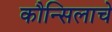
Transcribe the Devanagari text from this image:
कौन्सिलाचे